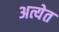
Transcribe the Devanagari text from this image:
अत्येत